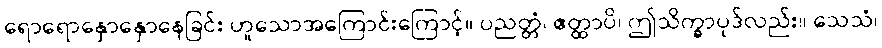
ရောရောနှောနှောနေခြင်း ဟူသောအကြောင်းကြောင့်။ ပညတ္တံ၊ ဧတ္ထာပိ၊ ဤသိက္ခာပုဒ်လည်း။ သေသံ၊